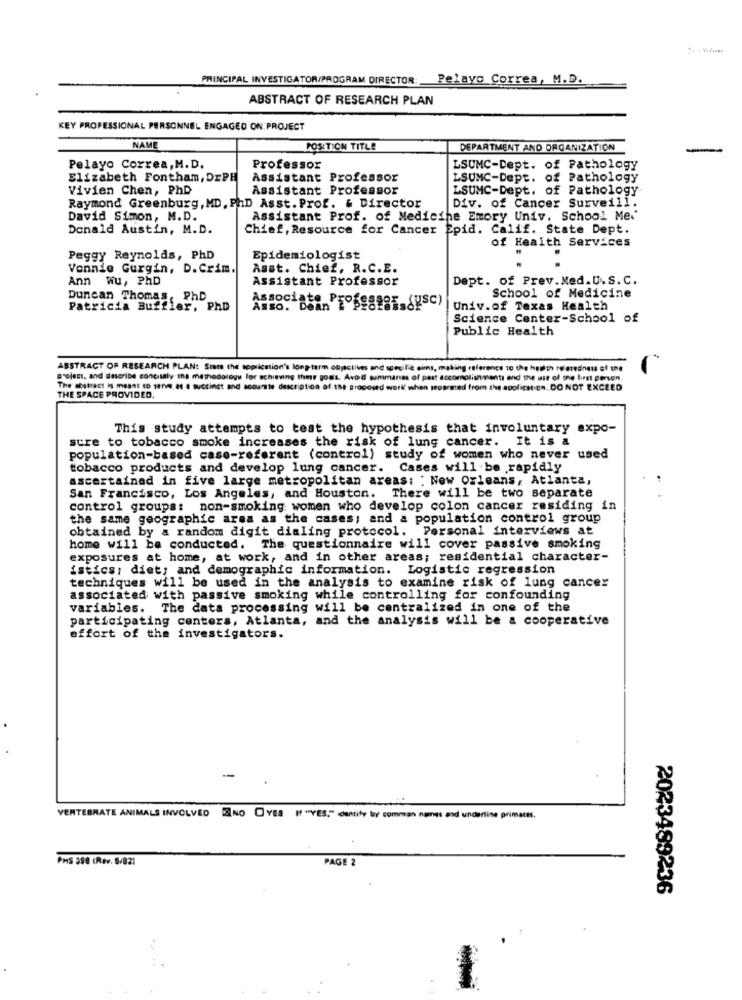
PRINCIPAL INVESTIGATOR/PROGRAM DIRECTOR: Pelayo Correa, M.D.
ABSTRACT OF RESEARCH PLAN
KEY PROFESSIONAL PERSONNEL ENGAGED ON: PROJECT
NAME
POSITION TITLE
DEPARTMENT AND ORGANIZATION
Pelayo Correa,M.D.
Professor
LSUMC-Dept. of Pathology
Elizabeth Fontham, DIPH
Assistant Professor
LSUMC-Dept. of Pathology
Vivien Chen, PhD
Assistant Professor
LSUMC-Dept. of Pathology
Div. of Cancer Surveill.
Raymond Greenburg, MD, PHD Asst. Prof. & Director
David Simon, M.D.
Assistant Prof. of Medicine Emory Univ. School Me.
Donald Austin, M.D.
Chief, Resource for Cancer Epid. Calif. State Dept.
of Health Services
Peggy Reynolds, PhD
Epidemiologist
Vennie Gurgin, D.Crim
Asst. Chief, R.C.E.
Ann wu, PhD
Assistant Professor
Dept. of Prev. Med.U.S. C.
Duncan Thomas , PhD
School of Medicine
Patricia Buffler, PhD
Asso. De
Associate Professor (usc)
Univ.of Texas Health
Science Center-School of
Public Health
ABSTRACT OF RESEARCH PLAN: Star the application's long-term objectives and scecilie aims, making reference to the health relatedness of the
grojest, and describe concisaly ins methodology for achieving ther goals. Avoid summanes of part accomplishments and the use of the first person.
The abstract is meant to serve a1 4 succinct and scourte description of the proposed work when separated from the application, DO NOT EXCEED
THE SPACE PROVIDED.
This study attempts to test the hypothesis that involuntary expo-
sure to tobacco smoke increases the risk of lung cancer. It is a
population-based case-referent (control) study of women who never used
tobacco products and develop lung cancer. Cases will be rapidly
ascertainad in five large metropolitan areas: : New Orleans, Atlanta,
San Francisco, Los Angeles, and Houston. There will be two separate
control groups: non-smoking women who develop colon cancer residing in
the same geographic area as the cases; and a population control group
obtained by a random digit dialing protocol. Personal interviews at
home will be conducted. The questionnaire will cover passive smoking
exposures at home, at work, and in other areas; residential character-
istics; diet; and demographic information. Logistic regression
techniques will be used in the analysis to examine risk of lung cancer
associated with passive smoking while controlling for confounding
variables. The data processing will be centralized in one of the
participating centers, Atlanta, and the analysis will be a cooperative
effort of the investigators.
-
VERTEBRATE ANIMALS INVOLVED ENO OYES If "YES," dentify ler comman names and underline primates.
PHS 390 (Rev. 5/821
PAGE 2
2023489236